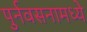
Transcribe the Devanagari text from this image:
पुर्नवसनामध्ये